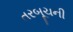
તરબૂચની